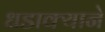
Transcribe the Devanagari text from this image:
धडाक्याने